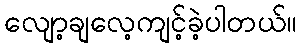
လျော့ချလေ့ကျင့်ခဲ့ပါတယ်။